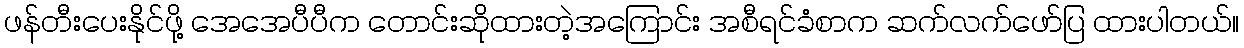
ဖန်တီးပေးနိုင်ဖို့ အေအေပီပီက တောင်းဆိုထားတဲ့အကြောင်း အစီရင်ခံစာက ဆက်လက်ဖော်ပြ ထားပါတယ်။